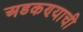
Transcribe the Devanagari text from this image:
अडकण्याची